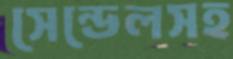
সেন্ডেলসহ